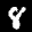
Label: 8